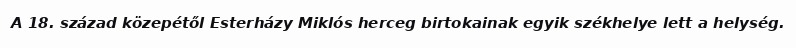
A 18. század közepétől Esterházy Miklós herceg birtokainak egyik székhelye lett a helység.